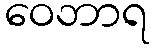
ဝေဘာရ